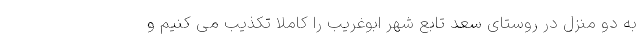
به دو منزل در روستای سعد تابع شهر ابوغریب را کاملا تکذیب می کنیم و